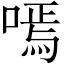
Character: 嘕